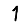
Digit: 1